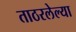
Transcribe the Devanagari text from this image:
ताठरलेल्या